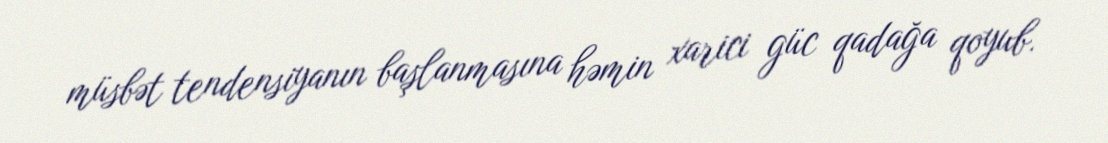
müsbət tendensiyanın başlanmasına həmin xarici güc qadağa qoyub.